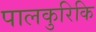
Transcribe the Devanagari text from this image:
पालकुरिकि